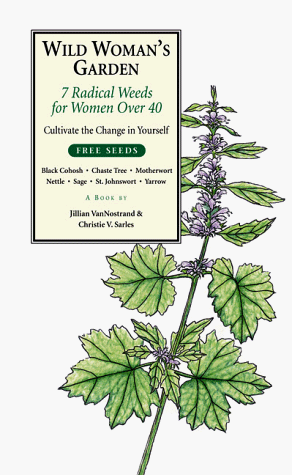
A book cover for Wild Woman's Garden: 7 Radical Weeds for Women Over 40 (The Garden Remedy Series) (The Garden Remedy Series); Christie V. Sarles Jillian VanNostrand; Health, Fitness & Dieting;